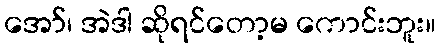
အော်၊ အဲဒါ ဆိုရင်တော့မ ကောင်းဘူး။